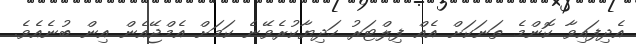
އެދިފައިވާ ކޮންމެ ތަނަކަށް އެއް ފިލްޓަރު ހަދިޔާކުރެވޭނެ ކަމަށް އެމްޖޭއެން އިން ބުނެއެވެ.